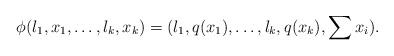
LaTeX: \begin{align*} \phi(l_1,x_1,\dots,l_k,x_k)=(l_1,q(x_1),\dots,l_k,q(x_k),\sum x_i).\end{align*}